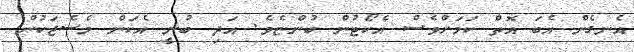
އެނގެން އެބަ އޮތް ކަމަށްވެސް އެކޯޓުން ބުންޏެވެ. އަދި ބުނީ އެކަން މެސެޖަކުން